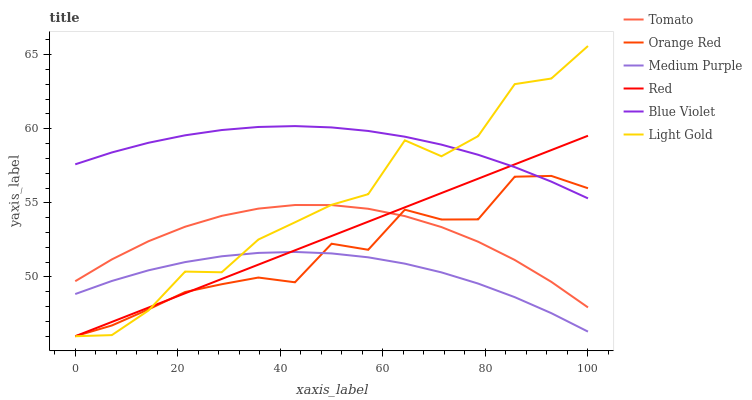
| xaxis_label | Tomato | Orange Red | Medium Purple | Red | Blue Violet | Light Gold |
 | --- | --- | --- | --- | --- | --- | --- |
 | 0 | 49.7 | 46 | 48.8 | 46 | 57.6 | 46 |
 | 7.14 | 51.2 | 46.7 | 49.7 | 47 | 58.4 | 46.1 |
 | 14.3 | 52.4 | 47.8 | 50.4 | 47.9 | 59.1 | 47.7 |
 | 21.4 | 53.4 | 49 | 51 | 48.9 | 59.6 | 50.4 |
 | 28.6 | 54.1 | 49.5 | 51.4 | 49.9 | 59.9 | 50.3 |
 | 35.7 | 54.6 | 50 | 51.6 | 50.8 | 60.1 | 52.5 |
 | 42.9 | 54.9 | 49.6 | 51.7 | 51.8 | 60.2 | 53.7 |
 | 50 | 54.9 | 52.2 | 51.6 | 52.8 | 60.1 | 54.9 |
 | 57.1 | 54.6 | 51.8 | 51.3 | 53.7 | 59.9 | 55.6 |
 | 64.3 | 54.1 | 54.5 | 50.9 | 54.7 | 59.5 | 59.2 |
 | 71.4 | 53.4 | 53.9 | 50.3 | 55.7 | 58.9 | 58.1 |
 | 78.6 | 52.4 | 53.9 | 49.6 | 56.6 | 58.2 | 59.5 |
 | 85.7 | 51.1 | 56.8 | 48.6 | 57.6 | 57.4 | 63 |
 | 92.9 | 49.7 | 56.8 | 47.6 | 58.6 | 56.4 | 63.4 |
 | 100 | 47.9 | 56 | 46.3 | 59.5 | 55.3 | 65.6 |